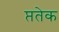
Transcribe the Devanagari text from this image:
प्ततेक